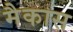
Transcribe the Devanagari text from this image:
मैकास